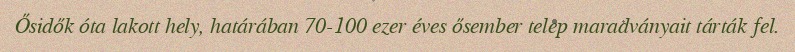
Ősidők óta lakott hely, határában 70-100 ezer éves ősember telep maradványait tárták fel.